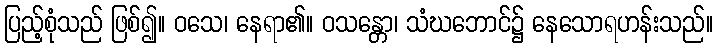
ပြည့်စုံသည် ဖြစ်၍။ ဝသေ၊ နေရာ၏။ ဝသန္တော၊ သံဃဘောင်၌ နေသောရဟန်းသည်။